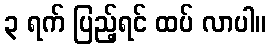
၃ ရက် ပြည့်ရင် ထပ် လာပါ။